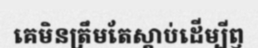
គេមិនត្រឹមតែស្តាប់ដើម្បីឭ